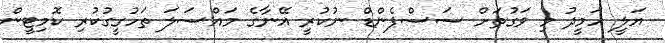
އަލީ ހަމީދު މި ވަގުތަށް ސަސްޕެންޑް ނުކުރީ އޭނާގެ މައްސަލަ ތަހުގީގުކުރި ކޮމިޓީން